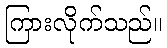
ကြားလိုက်သည်။